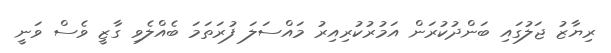
ރިޔާޒު ޖަލުގައި ބަންދުކުރަން އަމުރުކުރިއިރު މައްސަލަ ފުރަތަމަ ބެއްލެވި ގާޒީ ވެސް ވަނީ